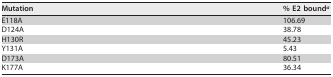
<table><thead><tr><td><b>Mutation</b></td><td><b>% E2 bound<sup><i>a</i></sup></b></td></tr></thead><tbody><tr><td>E118A</td><td>106.69</td></tr><tr><td>D124A</td><td>38.78</td></tr><tr><td>H130R</td><td>45.23</td></tr><tr><td>Y131A</td><td>5.43</td></tr><tr><td>D173A</td><td>80.51</td></tr><tr><td>K177A</td><td>36.34</td></tr></tbody></table>